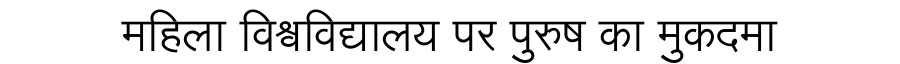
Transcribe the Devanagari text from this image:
महिला विश्वविद्यालय पर पुरुष का मुकदमा